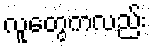
လူတွေကလည်း